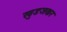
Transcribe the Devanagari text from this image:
खुडजकर